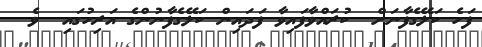
ފަހެ ކަލޭގެފާނަށް  ކުރައްވާފައިވާ ފަދައިން ކަލޭގެފާނުންގެ އަރިހުގައި  ވެ